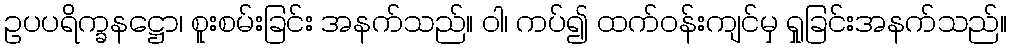
ဥပပရိက္ခနဋ္ဌော၊ စူးစမ်းခြင်း အနက်သည်။ ဝါ၊ ကပ်၍ ထက်ဝန်းကျင်မှ ရှုခြင်းအနက်သည်။